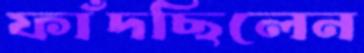
ফাঁদছিলেন